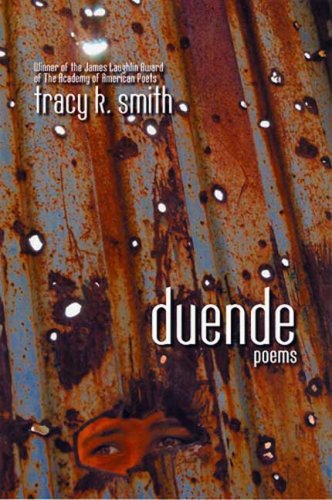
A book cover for Duende: Poems; Tracy K. Smith; Literature & Fiction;